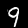
Label: 9